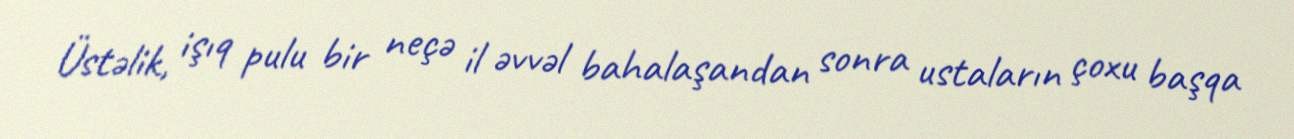
Üstəlik, işıq pulu bir neçə il əvvəl bahalaşandan sonra ustaların çoxu başqa